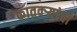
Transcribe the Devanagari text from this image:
कातक्र्‍यांची